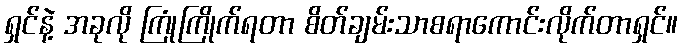
ရှင်နဲ့ အခုလို ကြုံကြိုက်ရတာ စိတ်ချမ်းသာစရာကောင်းလိုက်တာရှင်။